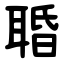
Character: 䎽